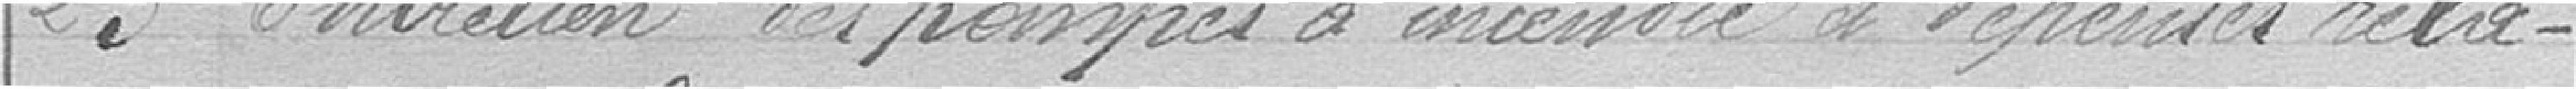
23 Entretien des pompes à incendie et dépenses rela-